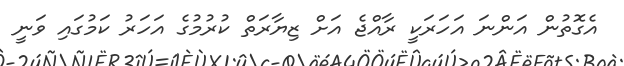
އެގޮތުން އަންނަ އަހަރަކީ ރާއްޖެ އަށް ޒިޔާރަތް ކުރުމުގެ އަހަރު ކަމުގައި ވަނީ